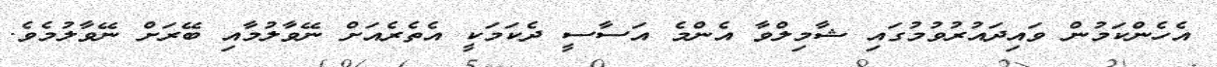
އެހެންކަމުން ވައިދައުރުވުމުގައި ޝާމިލްވާ އެންމެ އަސާސީ ދެކަމަކީ އެތެރެއަށް ނޭވާލުމާއި ބޭރަށް ނޭވާލުމެވެ.